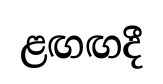
ළඟඟදී